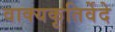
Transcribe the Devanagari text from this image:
वाक्यकृतिर्वेदे